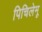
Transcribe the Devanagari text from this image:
पिचिलेमू